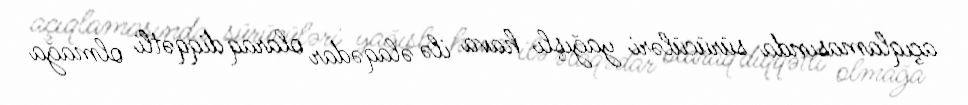
açıqlamasında sürücüləri yağışlı hava ilə əlaqədar olaraq diqqətli olmağa